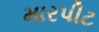
મારપીટ